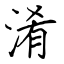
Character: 淆